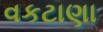
વકટાણા